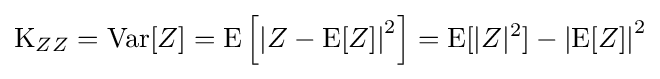
\operatorname {K} _{ZZ}=\operatorname {Var} [Z]=\operatorname {E} \left[\left|Z-\operatorname {E} [Z]\right|^{2}\right]=\operatorname {E} [|Z|^{2}]-\left|\operatorname {E} [Z]\right|^{2}